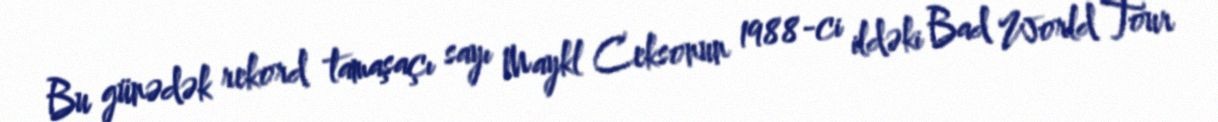
Bu günədək rekord tamaşaçı sayı Maykl Ceksonun 1988-ci ildəki Bad World Tour